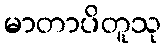
မာတာပိတူသု